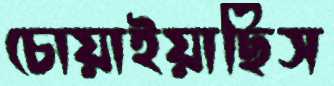
চোয়াইয়াছিস